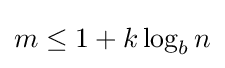
m\leq 1+k\log _{b}n